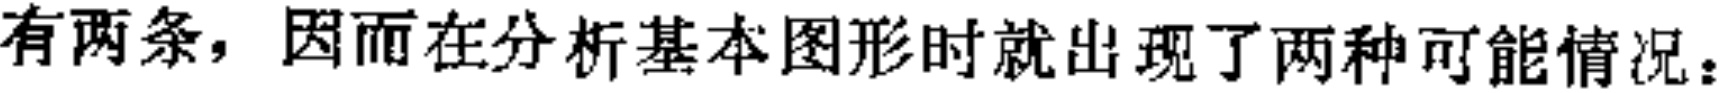
有两条，因而在分析基本图形时就出现了两种可能情况：